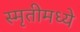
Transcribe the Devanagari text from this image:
स्मृतीमध्ये